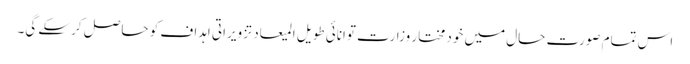
اس تمام صورت حال میں خود مختار وزارت توانائی طویل المیعاد تزویراتی اہداف کو حاصل کرسکے گی۔